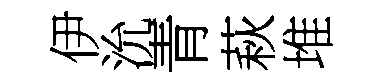
伊沇青萩堆